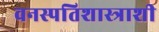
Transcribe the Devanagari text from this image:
वनस्पतिशास्त्राशी